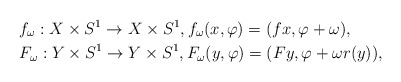
\begin{align*}& f_\omega:X\times S^1\to X\times S^1, f_\omega(x,\varphi)=(fx,\varphi+\omega), \\& F_\omega:Y\times S^1\to Y\times S^1, F_\omega(y,\varphi)=(Fy,\varphi+\omega r(y)),\end{align*}